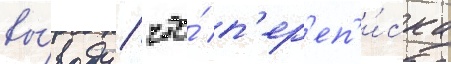
вы́воду / что́ п'ер'еп'и́ска